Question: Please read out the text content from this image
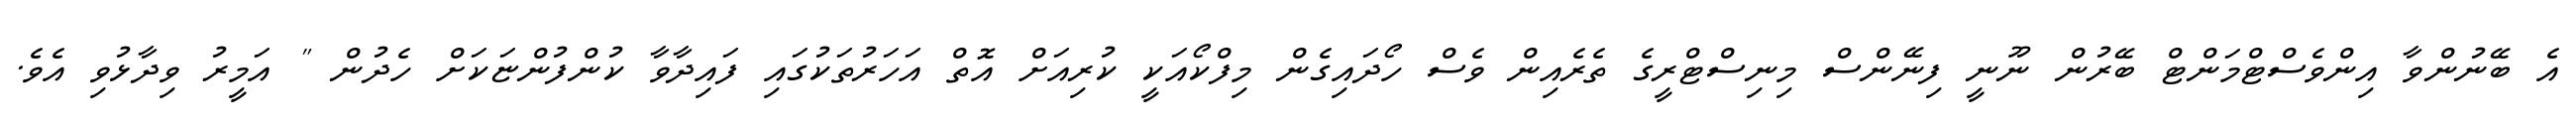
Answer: އެ ބޭނުންވާ އިންވެސްޓްމަންޓް ބޭރުން ނޫނީ ފިނޭންސް މިނިސްޓްރީގެ ތެރެއިން ވެސް ހޯދައިގެން މިފްކޯއަކީ ކުރިއަށް އޮތް އަހަރުތަކުގައި ފައިދާވާ ކުންފުންޏަކަށް ހެދުން " އަމީރު ވިދާޅުވި އެވެ.